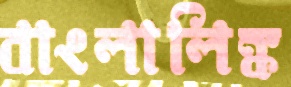
বাংলালিঙ্ক